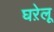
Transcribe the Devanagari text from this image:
घऱेलू